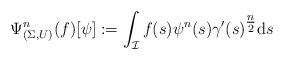
LaTeX: \begin{align*} \Psi^n_{(\Sigma, U)}(f)[\psi] := \int_{\mathcal{I}} f(s) \psi^n(s) \gamma'(s)^{\tfrac{n}{2}} \mathrm{d}s \end{align*}